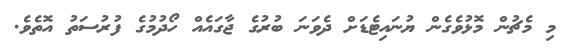
މި މެޗުން މޮޅުވެގެން ޔުނައިޓެޑަށް ދެވަނަ ބުރުގެ ޖާގައެއް ހޯދުމުގެ ފުރުސަތު އޮތެވެ.